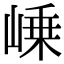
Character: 𡹴